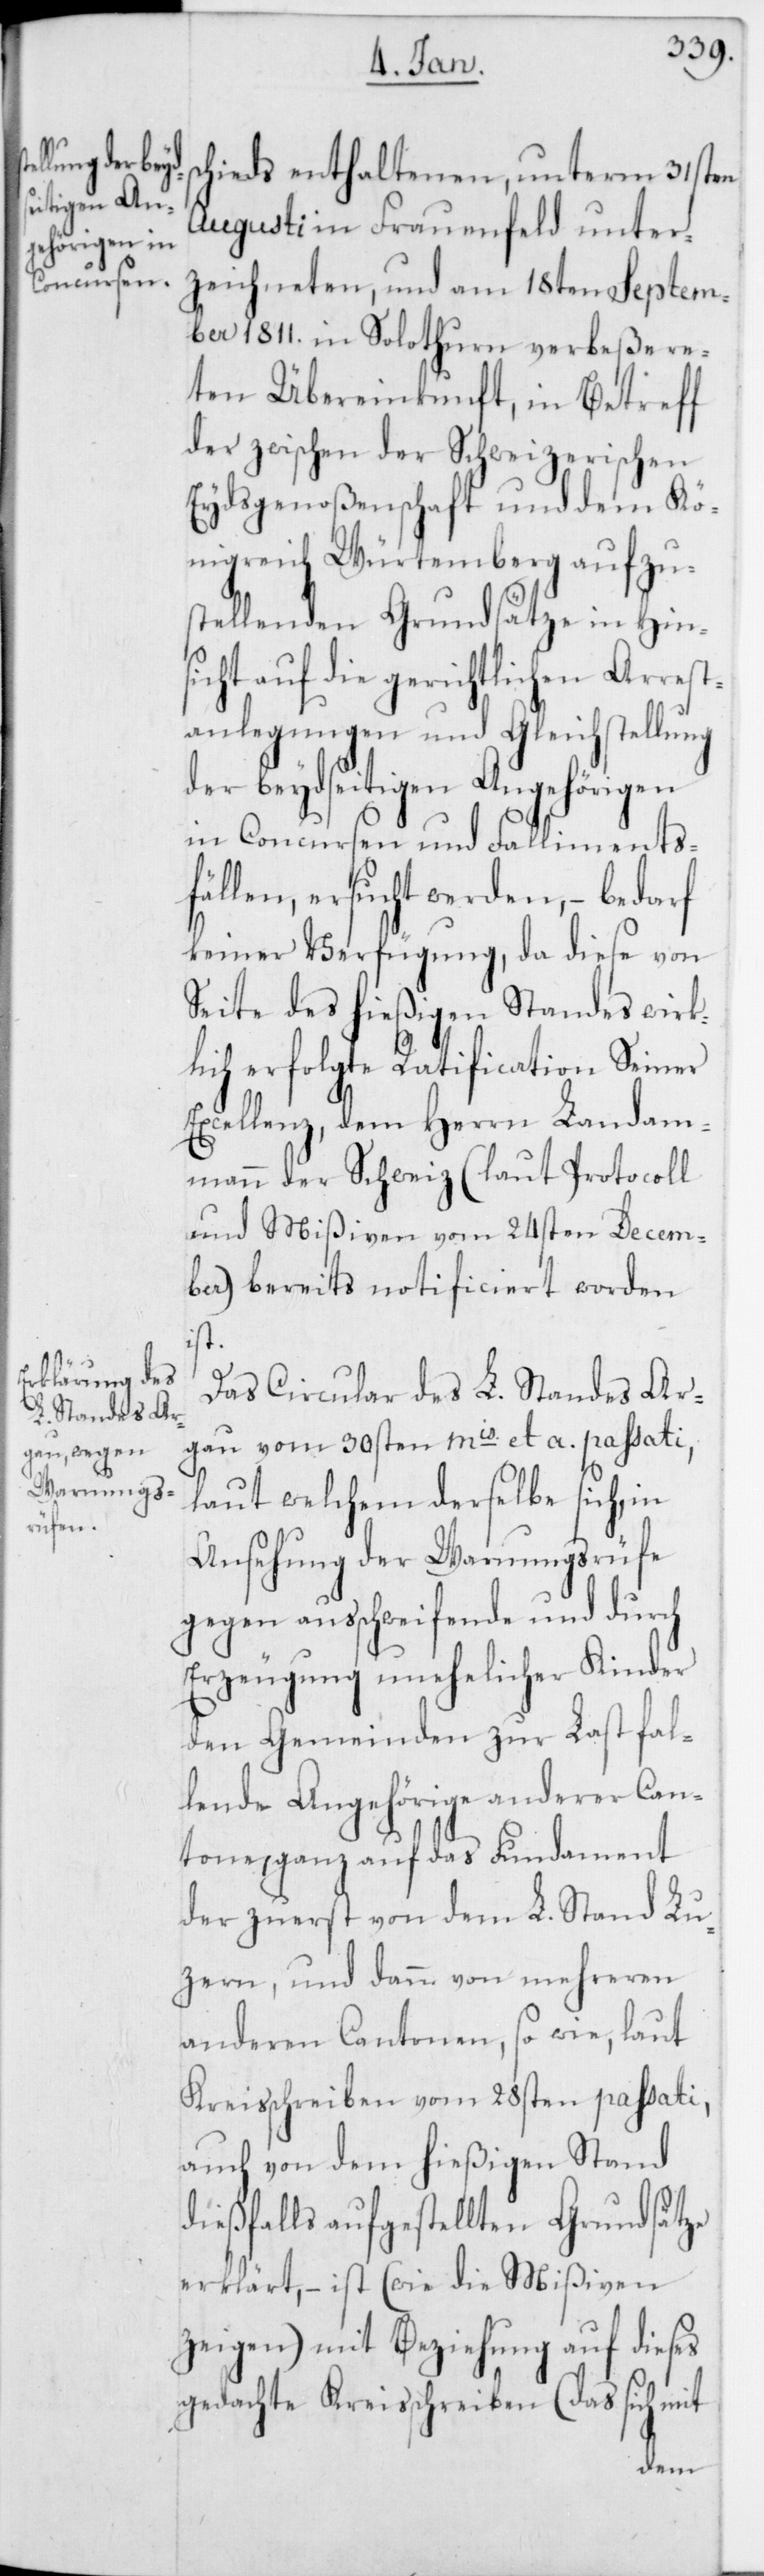
chieds enthaltenen, unterm 31sten
Augusti in Frauenfeld unter¬
zeichneten, und am 18ten Septem¬
ber 1811. in Solothurn verbeßere¬
ten Übereinkunft, in Betreff
der zwischen der Schweizerischen
Eydsgenoßenschaft und dem Kö¬
nigreich Würtemberg aufzu¬
stellenden Grundsätze in Hins¬
icht auf die gerichtlichen Arrest¬
anlegungen und Gleichstellung
der beydseitigen Angehörigen
in Concursen und Falliments¬
fällen, ersucht werden, – bedarf
keiner Verfügung, da diese von
Seite des hießigen Standes wirk¬
lich erfolgte Ratification Seiner
Excellenz, dem Herrn Landam¬
mann der Schweiz (laut Protocoll
und Mißiven vom 24sten Decem¬
ber) bereits notificiert worden
ist.
Das Circular des L. Standes Ar¬
gau vom 30sten mis et a. passati,
laut welchem derselbe sich, in
Ansehung der Warnungsrüfe
gegen ausschweifende und durch
Erzeugung unehelicher Kinder
den Gemeinden zur Last fal¬
lende Angehörige anderer Can¬
tone, ganz auf das Fundament
der zuerst von dem L. Stand Lu¬
zern, und dann von mehreren
anderen Cantonen, so wie, laut
Kreisschreiben vom 28sten passati,
auch von dem hießigen Stand
dießfalls aufgestellten Grundsätze
erklärt, – ist (wie die Mißiven
zeigen) mit Beziehung auf dieses
gedachte Kreisschreiben (das sich mit